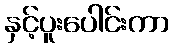
နှင့်ပူးပေါင်းကာ